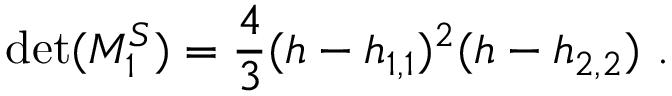
\operatorname * { d e t } ( { \cal M } _ { 1 } ^ { S } ) = { \frac { 4 } { 3 } } ( h - h _ { 1 , 1 } ) ^ { 2 } ( h - h _ { 2 , 2 } ) { } ~ .